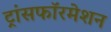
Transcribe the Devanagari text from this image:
ट्रांसफॉरमेशन